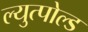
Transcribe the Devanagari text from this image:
ल्युत्पोल्ड